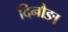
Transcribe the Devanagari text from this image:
दिनौङा